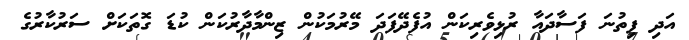
އަދި ފިތުނަ ފަސާދައާ ރުޅިވެރިކަން އުފެދޭފަދަ މޭރުމަކުން ޒިންމާދާރުކަން ކުޑަ ގޮތަކަށް ސަރުކާރުގެ